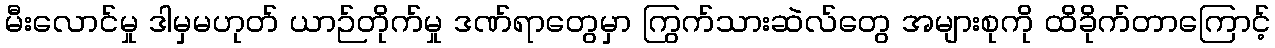
မီးလောင်မှု ဒါမှမဟုတ် ယာဉ်တိုက်မှု ဒဏ်ရာတွေမှာ ကြွက်သားဆဲလ်တွေ အများစုကို ထိခိုက်တာကြောင့်